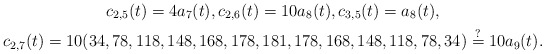
\begin{gather*}c_{2,5}(t)=4 a_7(t), c_{2,6}(t) = 10 a_8(t), c_{3,5}(t)= a_8(t), \\c_{2,7}(t)= 10 (34,78,118,148,168,178,181,178,168,148,118,78,34) \stackrel{?}{=} 10 a_9(t).\end{gather*}